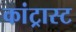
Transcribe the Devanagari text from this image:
कांट्रास्ट